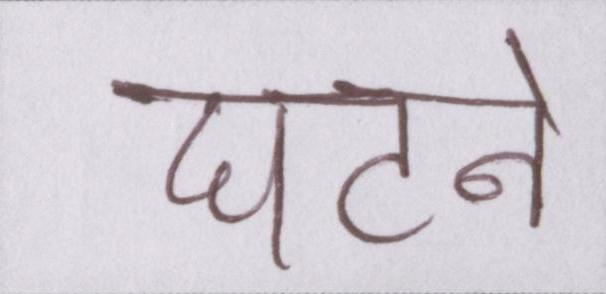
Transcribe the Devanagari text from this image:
घटने